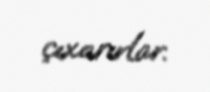
çıxarırlar.